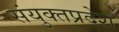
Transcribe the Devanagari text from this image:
संयुक्तप्रदेश